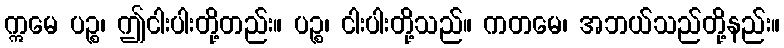
ဣမေ ပဉ္စ၊ ဤငါးပါးတို့တည်း။ ပဉ္စ၊ ငါးပါးတို့သည်။ ကတမေ၊ အဘယ်သည်တို့နည်း။